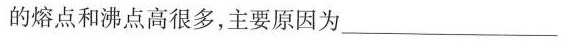
的熔点和沸点高很多，主要原因为__